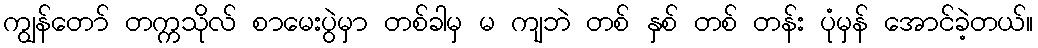
ကျွန်တော် တက္ကသိုလ် စာမေးပွဲမှာ တစ်ခါမှ မ ကျဘဲ တစ် နှစ် တစ် တန်း ပုံမှန် အောင်ခဲ့တယ်။